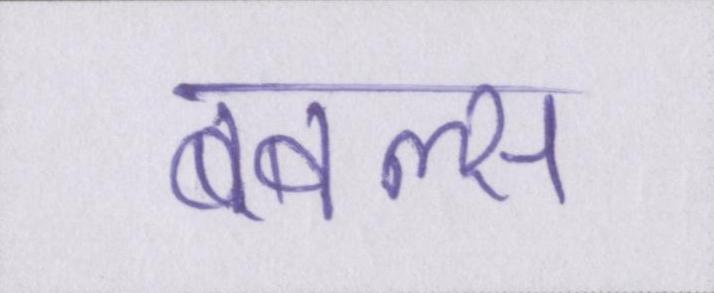
बबल्स